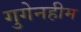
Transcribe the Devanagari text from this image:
गुगेनहीम